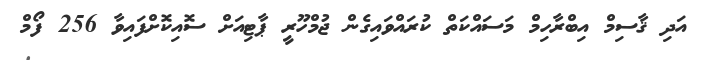
އަދި ޤާސިމް އިބްރާހިމް މަސައްކަތް ކުރައްވައިގެން ޖުމްހޫރީ ޕާޓިއަށް ސޮއިކޮށްފައިވާ 256 ފޯމް